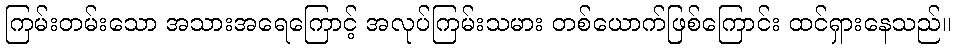
ကြမ်းတမ်းသော အသားအရေကြောင့် အလုပ်ကြမ်းသမား တစ်ယောက်ဖြစ်ကြောင်း ထင်ရှားနေသည်။